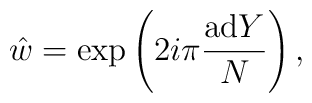
\hat w = \exp\left( 2i\pi {{\rm ad} Y \over N }\right),